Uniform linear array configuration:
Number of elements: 48
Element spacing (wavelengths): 0.25
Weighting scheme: uniform
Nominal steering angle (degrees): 45
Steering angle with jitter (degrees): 43.358
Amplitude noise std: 0.05
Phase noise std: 0.05

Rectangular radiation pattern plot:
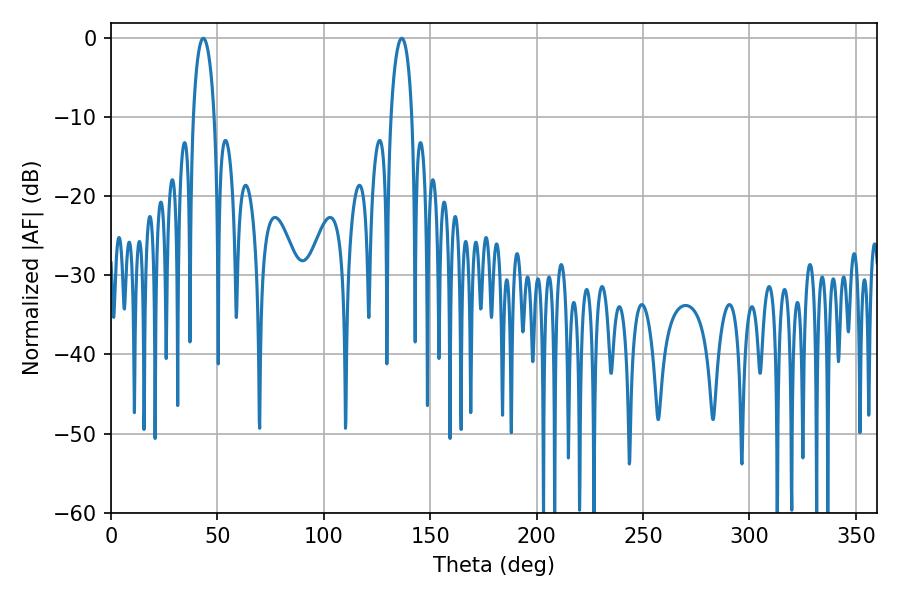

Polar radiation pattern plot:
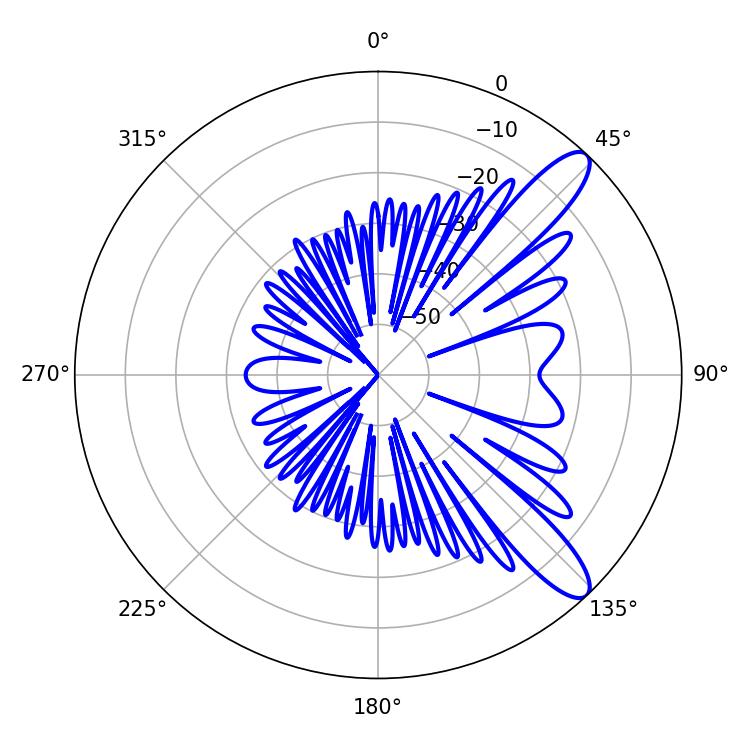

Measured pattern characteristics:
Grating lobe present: FALSE
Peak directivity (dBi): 11.06
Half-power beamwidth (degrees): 5.58
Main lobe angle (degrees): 43.38